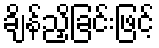
ချိန်ညှိခြင်းဖြင့်